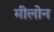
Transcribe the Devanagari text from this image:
मीलोन